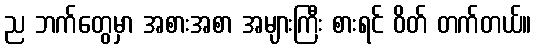
ည ဘက်တွေမှာ အစားအစာ အများကြီး စားရင် ဝိတ် တက်တယ်။